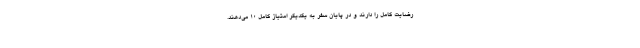
رضایت کامل را دارند و در پایان سفر به یکدیگر امتیاز کامل ۱۰ می‌دهند.